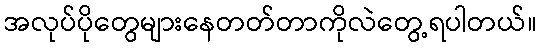
အလုပ်ပိုတွေများနေတတ်တာကိုလဲတွေ့ရပါတယ်။